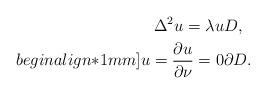
LaTeX: \begin{align*}\Delta^2 u=\lambda u & D,\\begin{align*}1mm]u=\frac{\partial u}{\partial \nu} = 0 & \partial D.\end{align*}